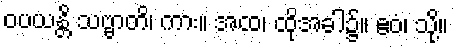
ဝပယန္တိ သဗ္ဗာတိ၊ ကား။ အထ၊ ထိုအခါ၌။ ဧဝံ၊ သို့။